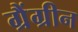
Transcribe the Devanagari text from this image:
ग्रैंग्रीन